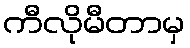
ကီလိုမီတာမှ